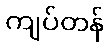
ကျပ်တန်